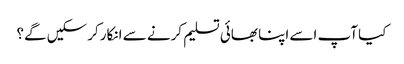
کیا آپ اسے اپنا بھائی تسلیم کرنے سے انکار کرسکیں گے؟